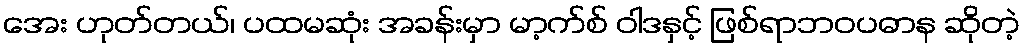
အေး ဟုတ်တယ်၊ ပထမဆုံး အခန်းမှာ မာ့က်စ် ဝါဒနှင့် ဖြစ်ရာဘဝပဓာန ဆိုတဲ့